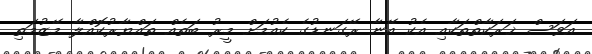
އަވަސް ޚަރަކާތްތަކާއި އެކު އޭނާ ރޭގަނޑުގެ ކެއުމަށް މީރު ބަތެއް ތައްޔާރުކޮއްލާ މޭޒުމަތި